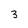
Character: 3